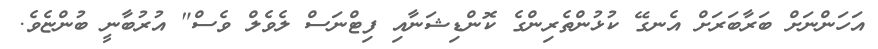
އަހަންނަށް ބަރާބަރަށް އެނގޭ ކުޅުންތެރިންގެ ކޮންޑިޝަނާއި ފިޓްނަސް ލެވެލް ވެސް" އުރުބާނީ ބުންޏެވެ.